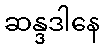
ဆန္ဒဒါနေ